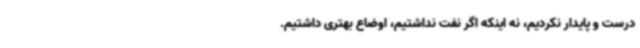
درست و پایدار نکردیم، نه اینکه اگر نفت نداشتیم، اوضاع بهتری داشتیم.